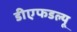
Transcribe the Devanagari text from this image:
डीएफडल्‍यू